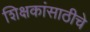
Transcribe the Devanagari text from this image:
शिक्षकांसाठीचे